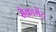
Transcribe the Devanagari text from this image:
सैक्रामेंट